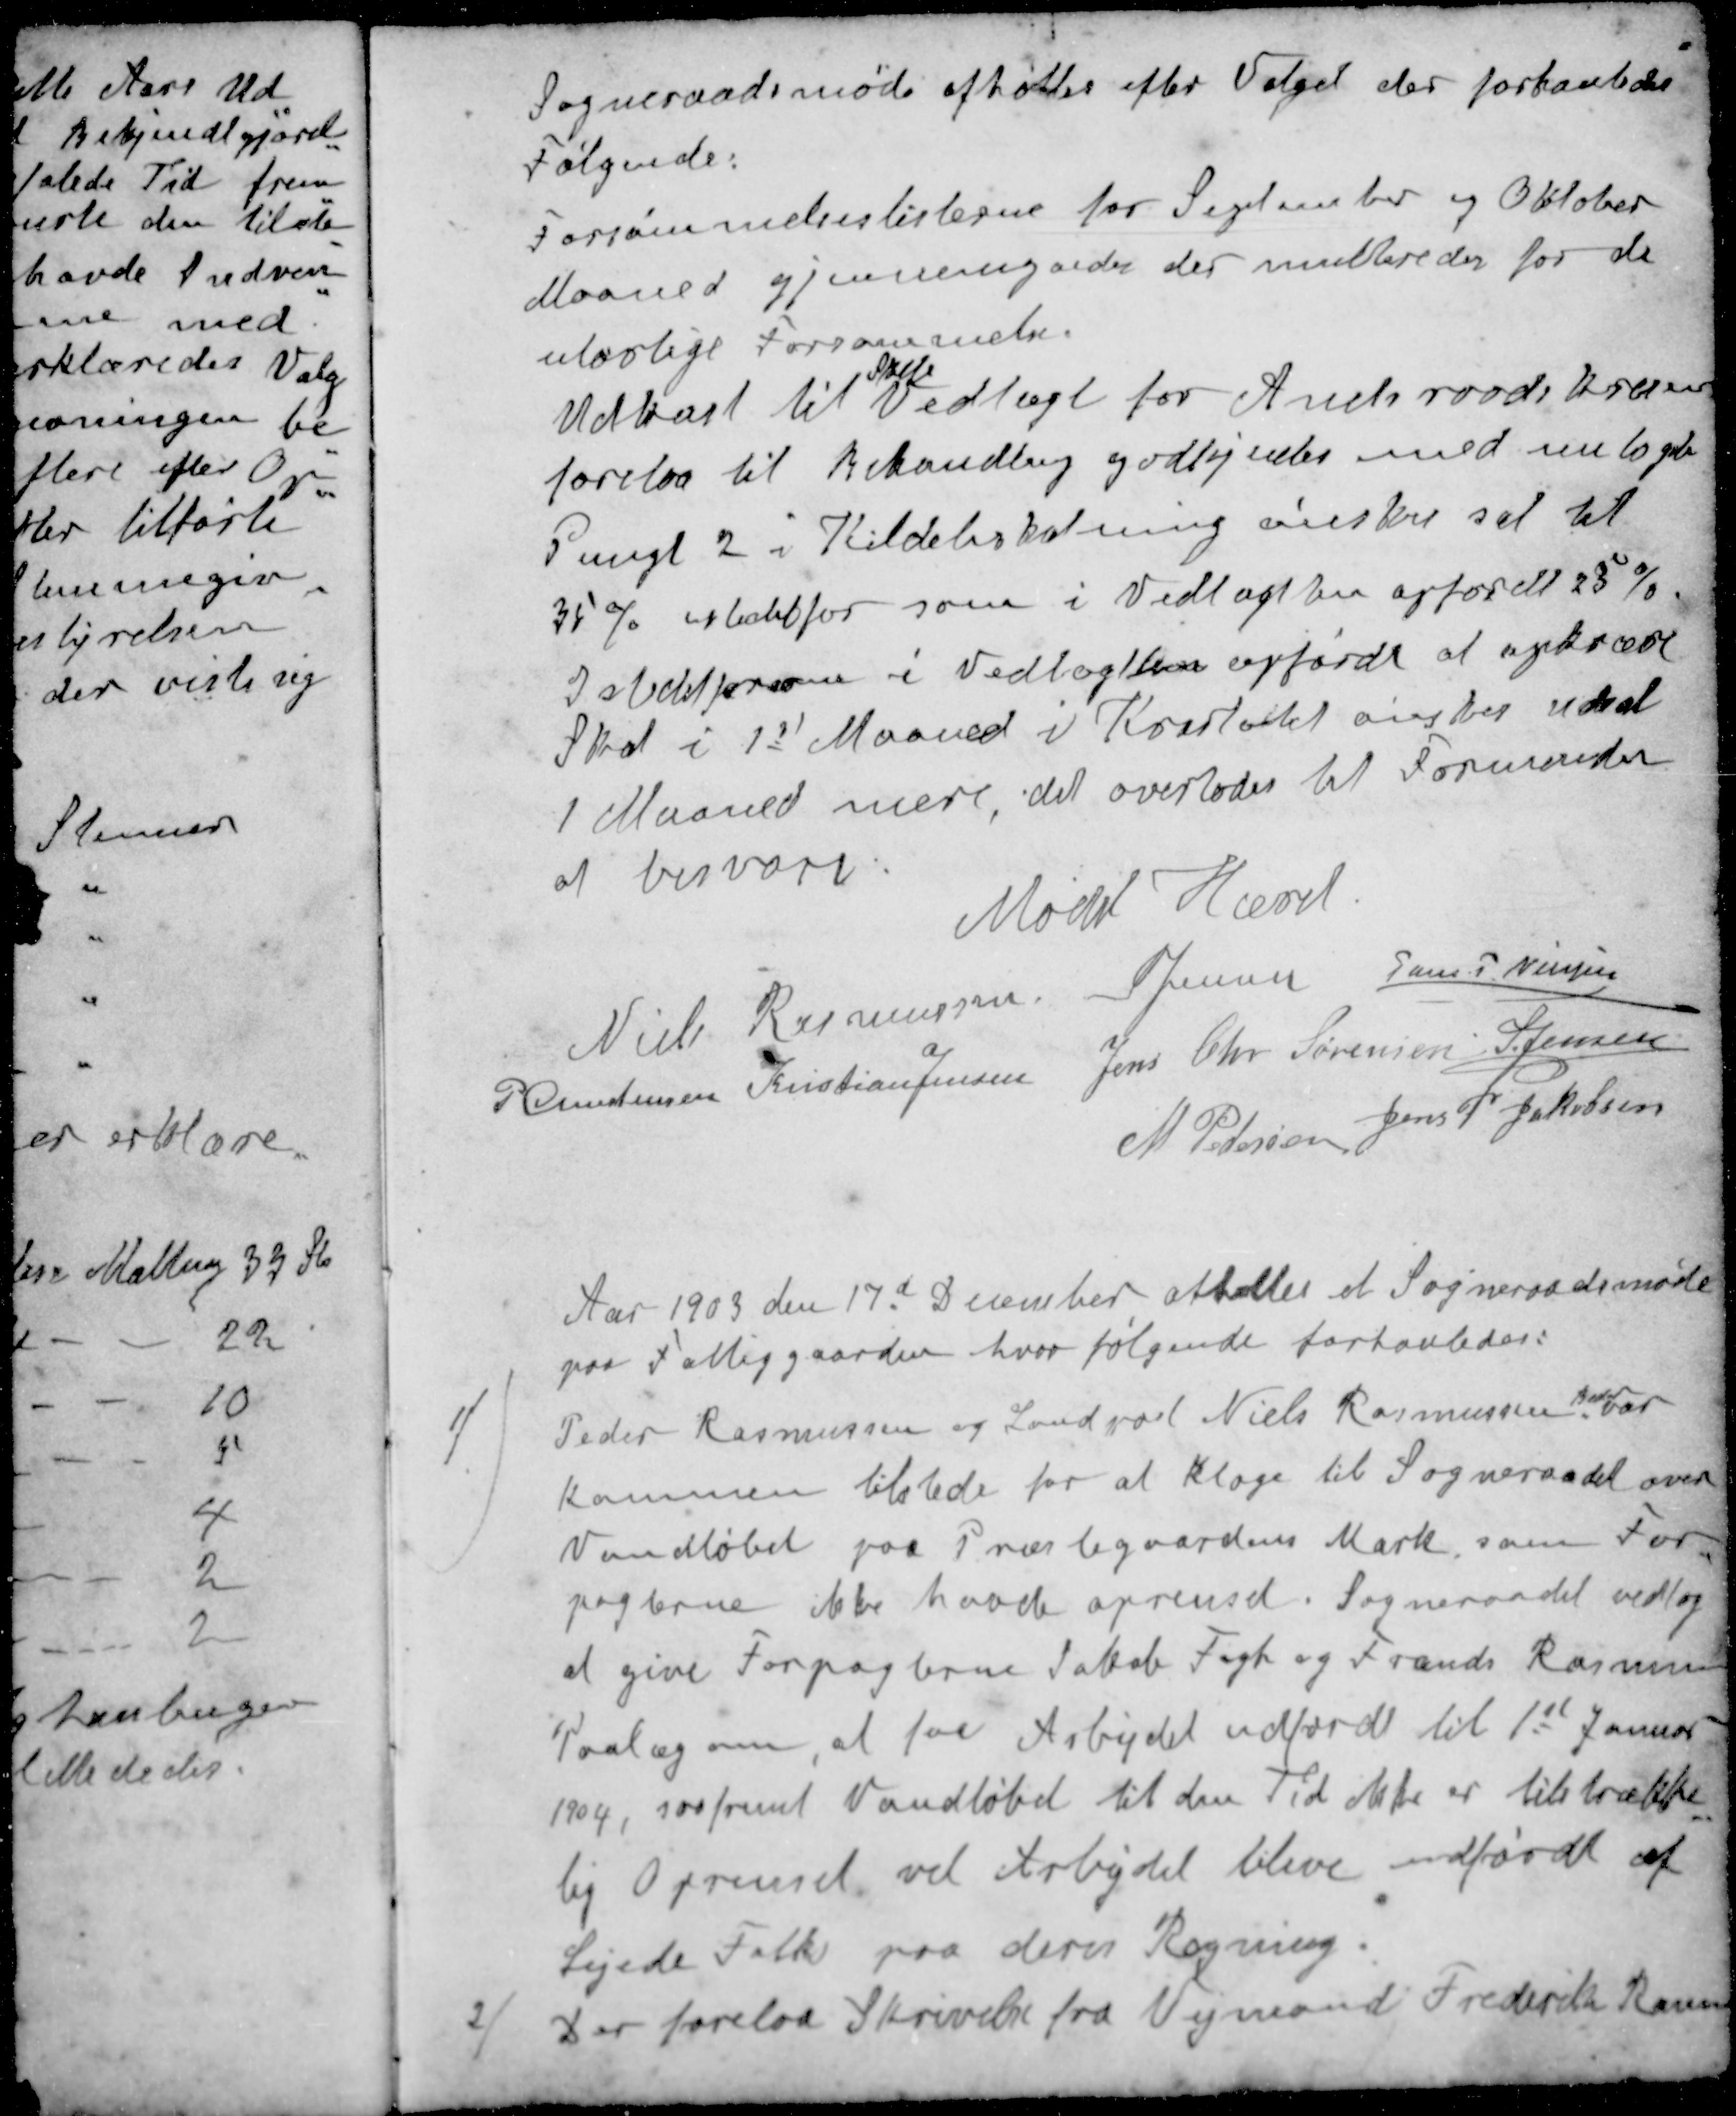
Transskription:
Sogneraadsmøde afholtes efter Valget der forhanledes
Følgende:
Forsømmelseslisterne for September og Oktober
Maaned gjennemgaedes der multeredes for de
ulovlige Forsømmelse.
Stille
Udkast til Vedtægt for Amtsraadskresen
forelaa til Behandling godkjentes med nu 10 
Pungt 2 i Kildebeskatning ønsker sat til
35% istedetfor som i Vedtægten opfordt 23 %
I stedetfor som i Vedtægten opførdt at opkræve
Skat i 1st Maaned i Kvartalet ønskes udsat
1 Maaned mere, det overlodes til Formanden
af besvare
Mødet Hævet.
Niels Rasmussen
S Jensen
Jens P Nielsen
P Christensen
Kristian Jensen
Jens Chr Sørensen
S Jensen
M. Pedersen
Jens P Jakobsen
Aar 1903 den 17d December afholtes et Sogneraadsmøde
paa Fattiggaarden, hvor følgende forhanledes:
Beder
1 / Peder Rasmussen og Landpost Niels Rasmussen var
kommen tilstede for at klage til Sogneraadet over
Vandløbet paa Præstegaardens Mark, som For-
pagterne ikke havde oprenset. Sogneraadet vedtog
at give Forpagterne Jakob Fogh og Frands Rasmussen
Paalæg, om at faa Arbejdet udførdt til 1st Januar
1904, saafremt Vandløbet til den Tid ikke er tilstrække-
lig Oprenset vil Arbejdet blive udførdt af
Lejede Folk paa deres Regning
2 / Der forelaa Skrivelse fra Vejmand Frederik Rasm